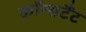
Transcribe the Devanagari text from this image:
कॉन्सटैंट